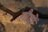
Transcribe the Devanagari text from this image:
गौदों